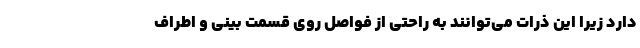
دارد زیرا این ذرات می‌توانند به راحتی از فواصل روی قسمت بینی و اطراف